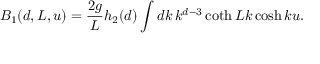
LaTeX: B _ { 1 } ( d , L , u ) = \frac { 2 g } { L } h _ { 2 } ( d ) \int d k \, k ^ { d - 3 } \coth L k \cosh k u .